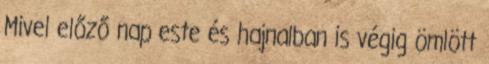
Mivel előző nap este és hajnalban is végig ömlött